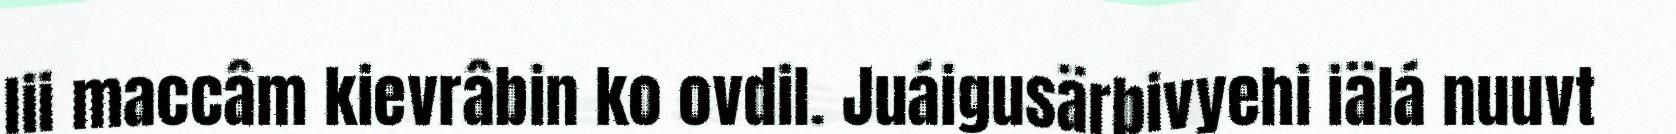
lii maccâm kievrâbin ko ovdil. Juáigusärbivyehi iälá nuuvt